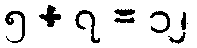
၅ + ၇ = ၁၂